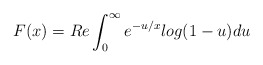
\begin{align*}F(x)=Re\int_0^{\infty}{e^{-u/x}log(1-u)du}\end{align*}